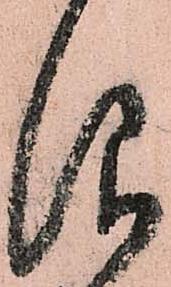
仰